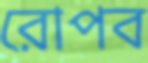
রোপব